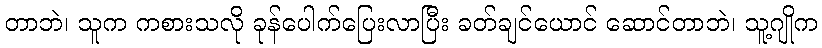
တာဘဲ၊ သူက ကစားသလို ခုန်ပေါက်ပြေးလာပြီး ခတ်ချင်ယောင် ဆောင်တာဘဲ၊ သူ့ဂျိုက